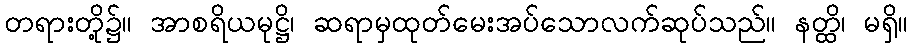
တရားတို့၌။ အာစရိယမုဋ္ဌိ၊ ဆရာမှထုတ်မေးအပ်သောလက်ဆုပ်သည်။ နတ္ထိ၊ မရှိ။